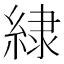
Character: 𮈡